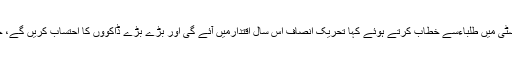
چیئرمین پی ٹی آئی عمران خان نے خوشحال خان خٹک یونیورسٹی میں طلباءسے خطاب کرتے ہوئے کہا تحریک انصاف اس سال اقتدارمیں آئے گی اور بڑے بڑے ڈاکوؤں کا احتساب کریں گے، حکمرانوں نے منی لانڈرنگ کر کے ملک کا پیسہ باہر بھجوایا۔